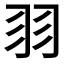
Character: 𦏲